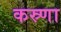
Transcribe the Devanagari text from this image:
कस्र्णा